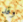
وقد